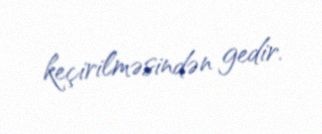
keçirilməsindən gedir.